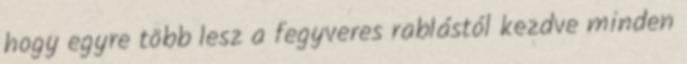
hogy egyre több lesz a fegyveres rablástól kezdve minden